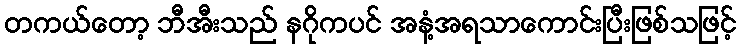
တကယ်တော့ ဘီအီးသည် နဂိုကပင် အနံ့အရသာကောင်းပြီးဖြစ်သဖြင့်